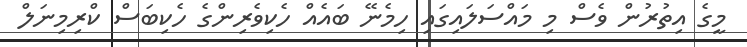
މީގެ އިތުރުން ވެސް މި މައްސަލައިގައި ހިމެނޭ ބައެއް ހެކިވެރިންގެ ހެކިބަސް ކްރިމިނަލް